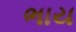
ભાય